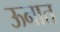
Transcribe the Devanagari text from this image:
ऊनात